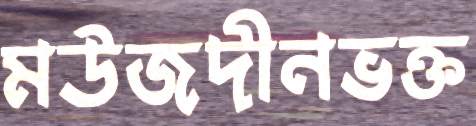
মউজদীনভক্ত